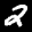
Label: 2